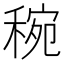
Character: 𥟶